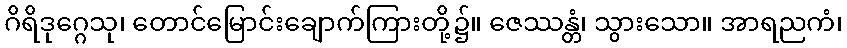
ဂိရိဒုဂ္ဂေသု၊ တောင်မြောင်းချောက်ကြားတို့၌။ ဇေဿန္တံ၊ သွားသော။ အာရညကံ၊